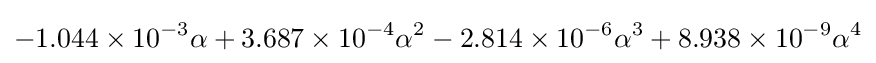
-1.044\times 10^{-3}\alpha +3.687\times 10^{-4}\alpha ^{2}-2.814\times 10^{-6}\alpha ^{3}+8.938\times 10^{-9}\alpha ^{4}